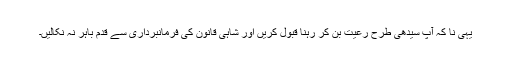
یہی نا کہ آپ سیدھی طرح رعیت بن کر رہنا قبول کریں اور شاہی قانون کی فرمانبرداری سے قدم باہر نہ نکالیں۔